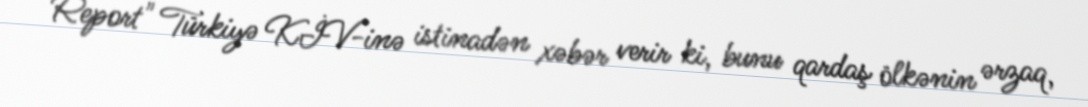
Report" Türkiyə KİV-inə istinadən xəbər verir ki, bunu qardaş ölkənin ərzaq,